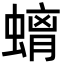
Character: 𮔮